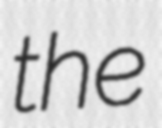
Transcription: the